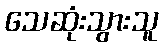
သေဆုံးသွားသူ